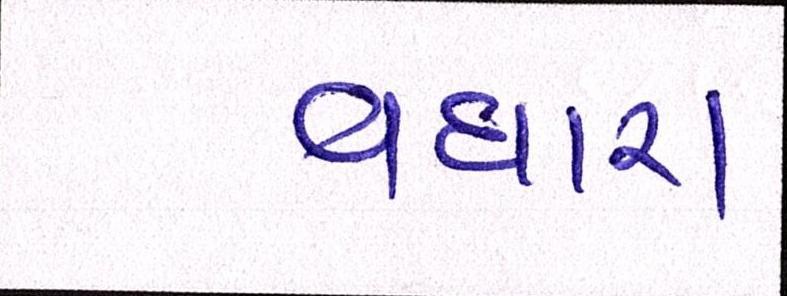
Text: વધારા